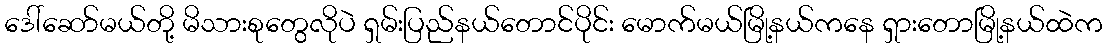
ဒေါ်ဆော်မယ်တို့ မိသားစုတွေလိုပဲ ရှမ်းပြည်နယ်တောင်ပိုင်း မောက်မယ်မြို့နယ်ကနေ ရှားတောမြို့နယ်ထဲက